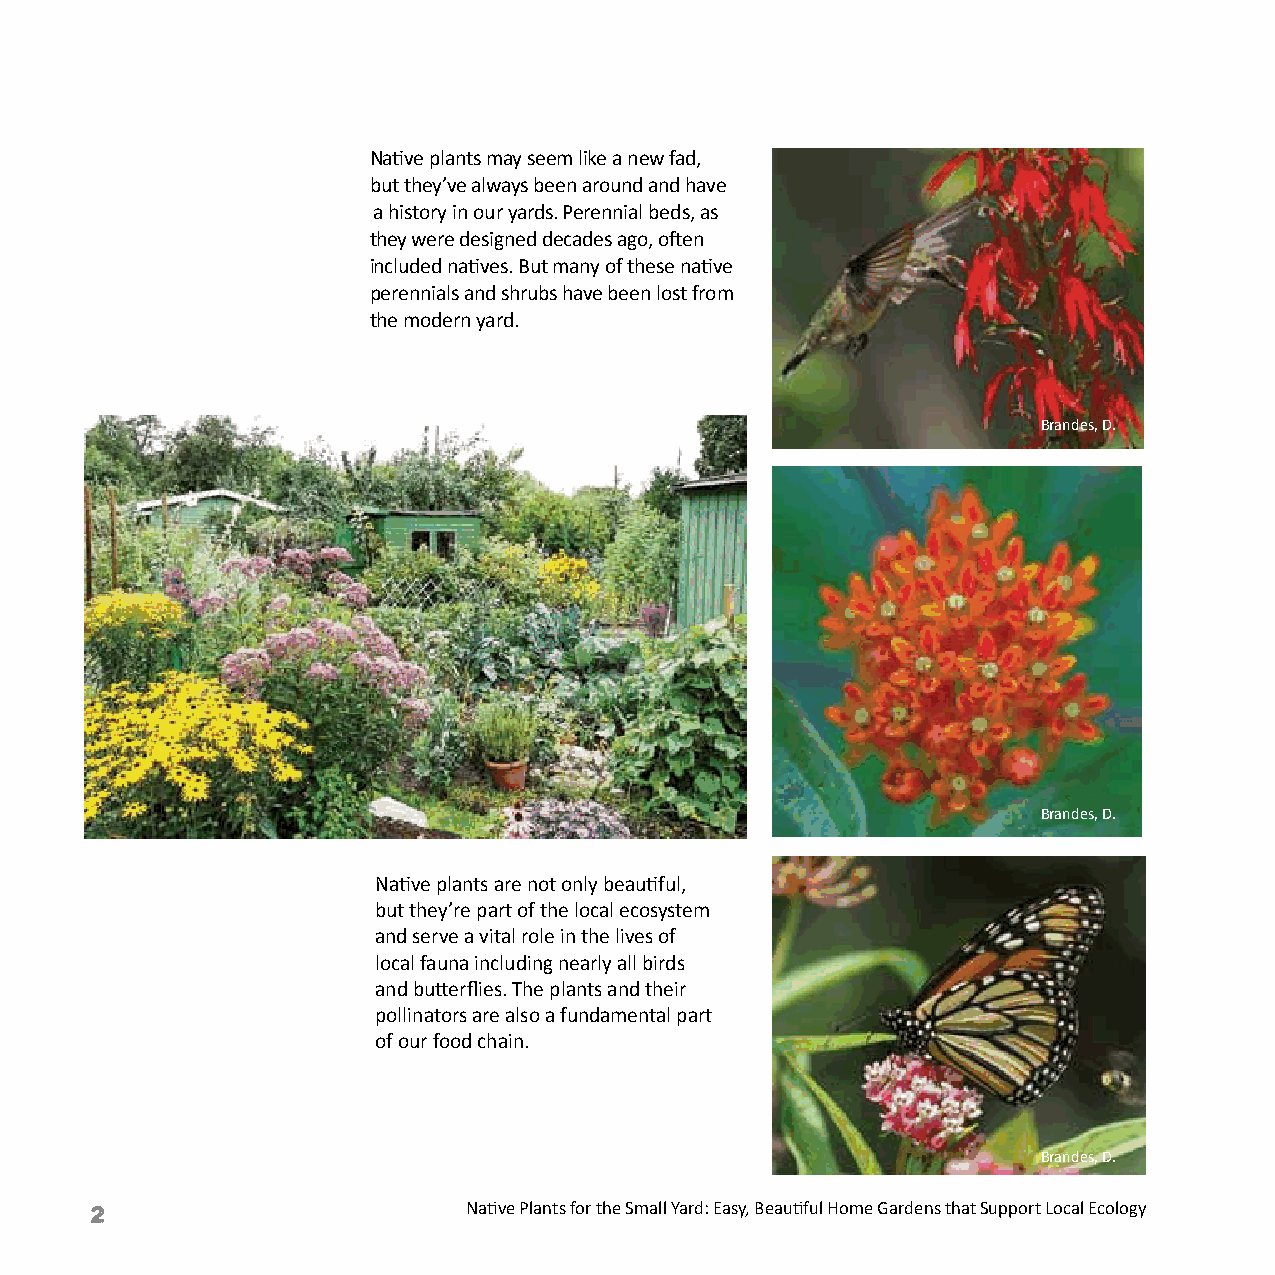
Native plants may seem like a new fad,
 but they’ve always been around and have
 a history in our yards. Perennial beds, as
 they were designed decades ago, often
 included natives. But many of these native
 perennials and shrubs have been lost from
 the modern yard.
 Brandes, D.
 Brandes, D.
 Native plants are not only beautiful,
 but they’re part of the local ecosystem
 and serve a vital role in the lives of
 local fauna including nearly all birds
 and butterflies. The plants and their
 pollinators are also a fundamental part
 of our food chain.
 Brandes, D.
 2                        Native Plants for the Small Yard: Easy, Beautiful Home Gardens that Support Local Ecology